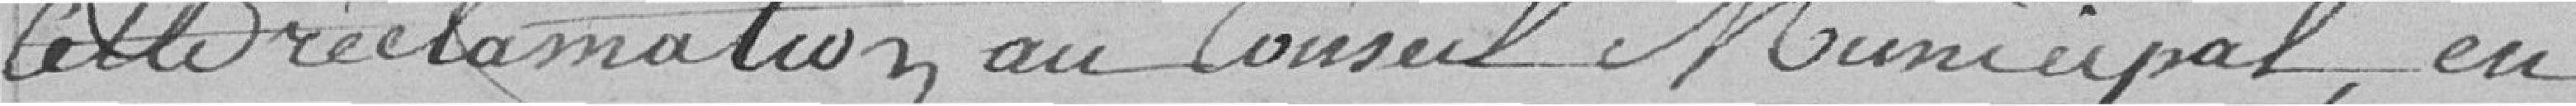
cette réclamation au Conseil Municipal, en